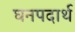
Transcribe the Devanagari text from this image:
घनपदार्थ